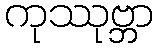
ကုဿုဗ္ဘာ